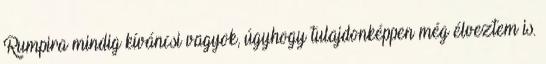
Rumpira mindig kíváncsi vagyok, úgyhogy tulajdonképpen még élveztem is.